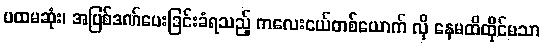
ပထမဆုံး၊ အပြစ်ဒဏ်ပေးခြင်းခံရသည့် ကလေးငယ်တစ်ယောက် လို နေမထိထိုင်မသာ